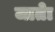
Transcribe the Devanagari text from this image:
जातेा